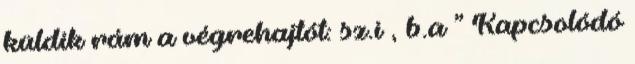
küldik rám a végrehajtót: sz.i , b.a ” Kapcsolódó